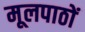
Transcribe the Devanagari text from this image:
मूलपाठों